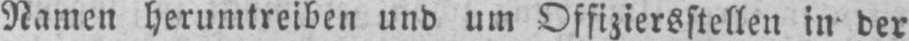
Namen herumtreiben und um Offiziersstellen in der